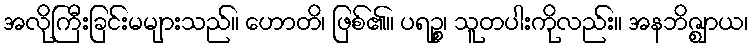
အလိုကြီးခြင်းမများသည်။ ဟောတိ၊ ဖြစ်၏။ ပရဉ္စ၊ သူတပါးကိုလည်း။ အနဘိဇ္ဈာယ၊